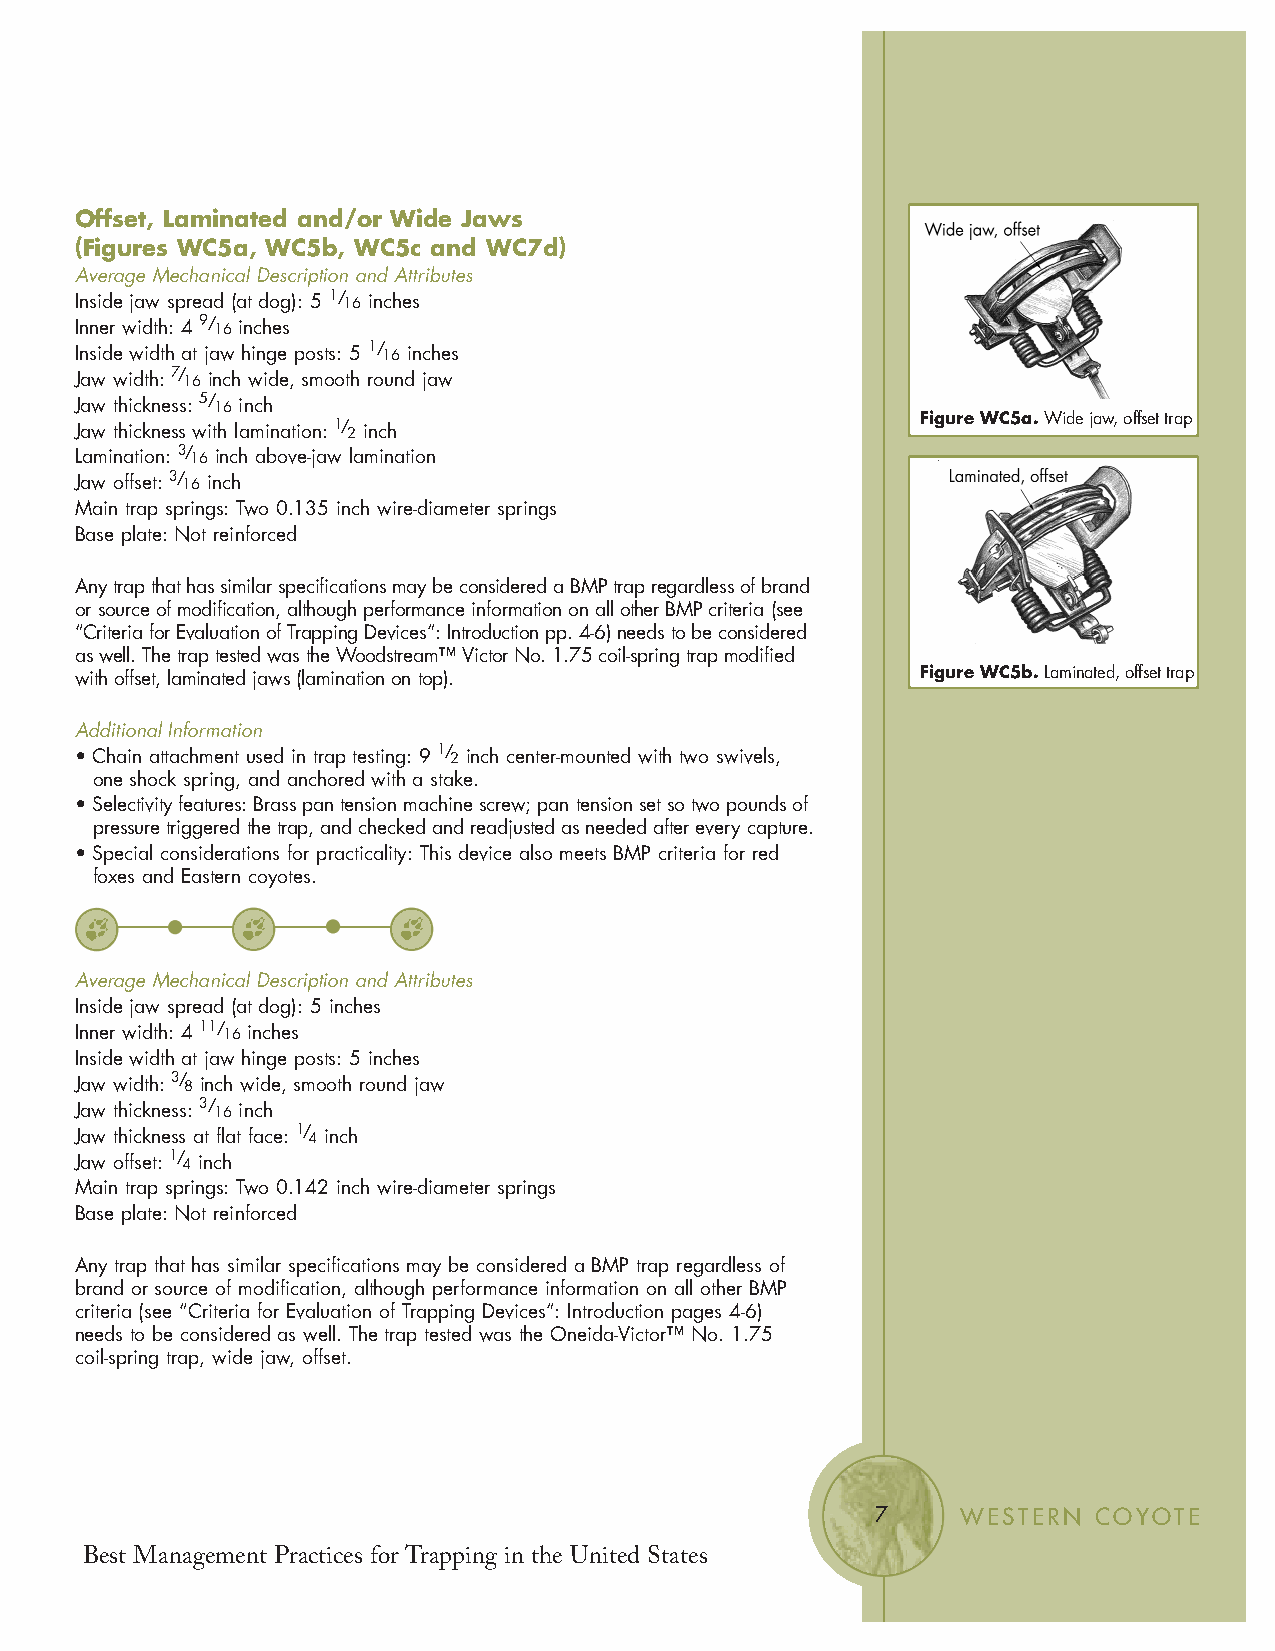
Offset, Laminated and/or Wide Jaws
 (Figures WC5a, WC5b, WC5c and WC7d)
 Average Mechanical Description and Attributes
 Inside jaw spread (at dog): 5 1/ 16 inches
 Inner width: 4 9/ 16 inches
 Inside width at jaw hinge posts: 5 1/ 16 inches
 Jaw width: 7/ 16 inch wide, smooth round jaw
 Jaw thickness: 5/ 16 inch
 Figure WC5a.Wide jaw, offset trap
 Jaw thickness with lamination: 1/ 2 inch
 Lamination: 3/ 16 inch above-jaw lamination
 Jaw offset: 3/ 16 inch
 Main trap springs: Two 0.135 inch wire-diameter springs
 Base plate: Not reinforced
 Any trap that has similar specifications may be considered a BMP trap regardless of brand
 or source of modification, although performance information on all other BMP criteria (see
 “Criteria for Evaluation of Trapping Devices”: Introduction pp. 4-6) needs to be considered
 as well. The trap tested was the Woodstream™ Victor No. 1.75 coil-spring trap modified
 with offset, laminated jaws (lamination on top).        Figure WC5b.Laminated, offset trap
 Additional Information
 • Chain attachment used in trap testing: 9 1/ 2 inch center-mounted with two swivels,
 one shock spring, and anchored with a stake.
 • Selectivity features: Brass pan tension machine screw; pan tension set so two pounds of
 pressure triggered the trap, and checked and readjusted as needed after every capture.
 • Special considerations for practicality: This device also meets BMP criteria for red
 foxes and Eastern coyotes.
 Average Mechanical Description and Attributes
 Inside jaw spread (at dog): 5 inches
 Inner width: 4 11/ 16 inches
 Inside width at jaw hinge posts: 5 inches
 Jaw width: 3/ 8 inch wide, smooth round jaw
 Jaw thickness: 3/ 16 inch
 Jaw thickness at flat face: 1/ 4 inch
 Jaw offset: 1/ 4 inch
 Main trap springs: Two 0.142 inch wire-diameter springs
 Base plate: Not reinforced
 Any trap that has similar specifications may be considered a BMP trap regardless of
 brand or source of modification, although performance information on all other BMP
 criteria (see “Criteria for Evaluation of Trapping Devices”: Introduction pages 4-6)
 needs to be considered as well. The trap tested was the Oneida-Victor™ No. 1.75
 coil-spring trap, wide jaw, offset.
 7     WESTERN COYOTE
 Best Management Practices for Trapping in the United States